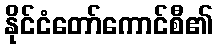
နိုင်ငံတော်ကောင်စီ၏